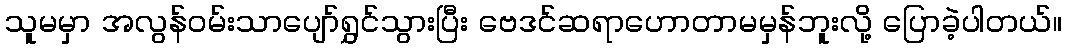
သူမမှာ အလွန်ဝမ်းသာပျော်ရွှင်သွားပြီး ဗေဒင်ဆရာဟောတာမမှန်ဘူးလို့ ပြောခဲ့ပါတယ်။